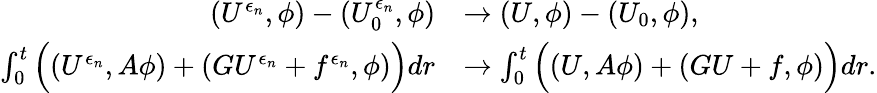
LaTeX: \begin{array}{rl}{(U^{\epsilon_{n}},\phi)-(U_{0}^{\epsilon_{n}},\phi)}&{\to(U,\phi)-(U_{0},\phi),}\\ {\int_{0}^{t}\Big((U^{\epsilon_{n}},A\phi)+(GU^{\epsilon_{n}}+f^{\epsilon_{n}},\phi)\Big)dr}&{\to\int_{0}^{t}\Big((U,A\phi)+(GU+f,\phi)\Big)dr.}\end{array}